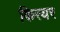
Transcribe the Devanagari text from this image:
किरयर